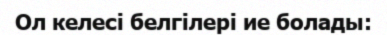
Ол келесі белгілері ие болады: